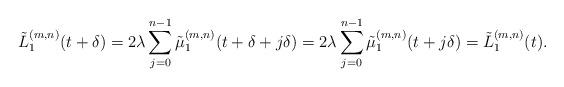
LaTeX: \begin{align*}\tilde{L}^{(m,n)}_1(t+\delta) =2 \lambda \sum_{j=0}^{n-1} \tilde{\mu}^{(m,n)}_1(t + \delta + j \delta) =2 \lambda \sum_{j=0}^{n-1} \tilde{\mu}^{(m,n)}_1(t + j \delta) =\tilde{L}^{(m,n)}_1(t).\end{align*}